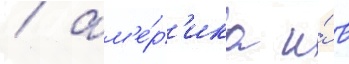
/ ам'е́р'ика и́ в